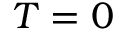
T = 0